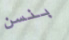
بنسن